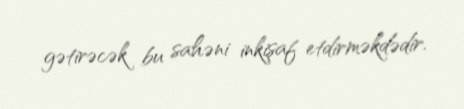
gətirəcək bu sahəni inkişaf etdirməkdədir.